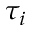
\tau _ { i }